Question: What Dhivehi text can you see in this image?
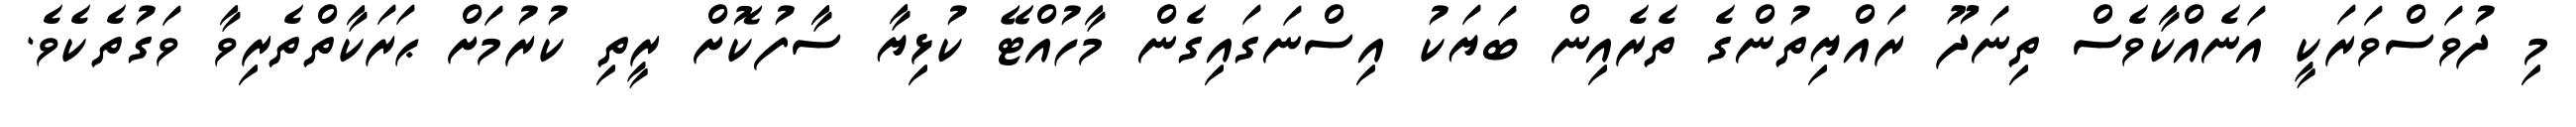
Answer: މި ދުވަސްވަރަކީ އަނެއްކާވެސް ތިނަދޫ ރައްޔިތުންގެ ތެރެއިން ބަޔަކު އިސްނަގައިގެން މާހުއްޓޭ ކުޅިޔާ ސާފުކޮށް ރީތި ކުރުމަށް ޙަރަކާތްތެރިވާ ވަގުތެކެވެ.